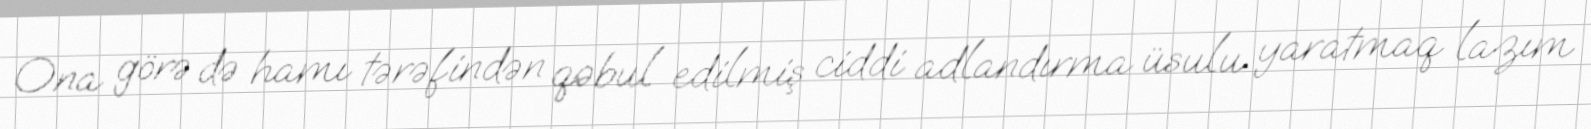
Ona görə də hamı tərəfindən qəbul edilmiş ciddi adlandırma üsulu yaratmaq lazım